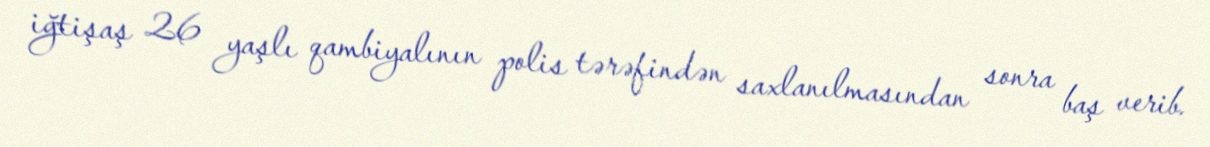
iğtişaş 26 yaşlı qambiyalının polis tərəfindən saxlanılmasından sonra baş verib.